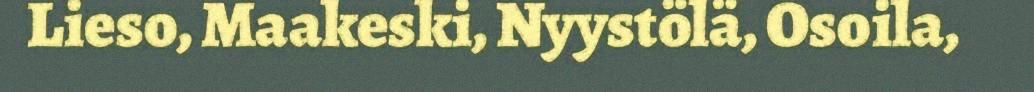
Lieso, Maakeski, Nyystölä, Osoila,